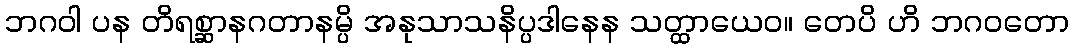
ဘဂဝါ ပန တိရစ္ဆာနဂတာနမ္ပိ အနုသာသနိပ္ပဒါနေန သတ္ထာယေဝ။ တေပိ ဟိ ဘဂဝတော